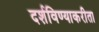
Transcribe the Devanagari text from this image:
दर्शविण्याकरीता